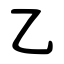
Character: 乙